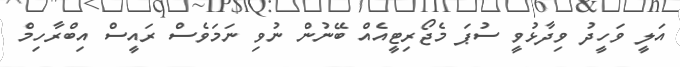
އަލީ ވަހީދު ވިދާޅުވީ ސުޕަ މެޖޯރިޓީއެއް ބޭނުން ނުވި ނަމަވެސް ރައީސް އިބްރާހިމް